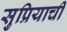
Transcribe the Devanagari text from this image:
सुप्रियाची